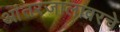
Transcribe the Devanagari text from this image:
आंतरजालावरचे